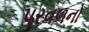
પરવળનો